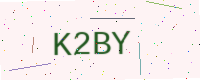
Text: K2BY